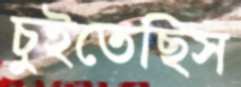
চুইতেছিস